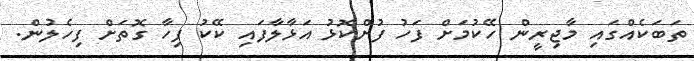
ތަބަކެއްގައި މާޖިރީން ހޭކުމަށް ފަހު ފުށްކޮޅު އަޅާލާފައި ކޭކު ފިހާ ގޮތަށް ފިހެލުން.